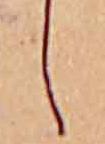
し